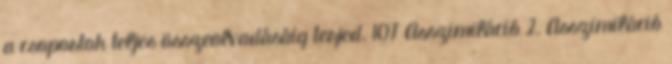
a csoportok teljes összeolvadásáig terjed. 107 Asszimiláció 2. Asszimiláció